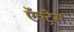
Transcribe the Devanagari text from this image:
ऍक्ट्रेस